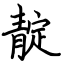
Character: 靛